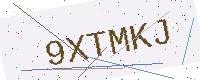
Text: 9XTMKJ